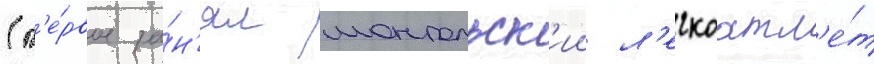
(п'е́рвое за́н'ял монгольск'ии л'егкоатл'е́т